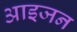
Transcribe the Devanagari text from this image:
आइजन